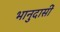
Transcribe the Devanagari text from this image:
भानुदासीं